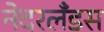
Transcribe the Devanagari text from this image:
नेदरलँडस